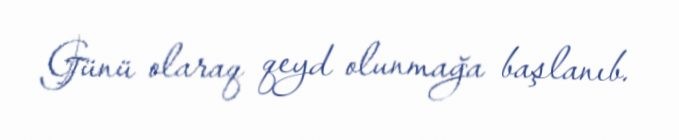
Günü olaraq qeyd olunmağa başlanıb.